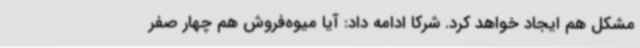
مشکل هم ایجاد خواهد کرد. شرکا ادامه داد: آیا میوه‌فروش هم چهار صفر